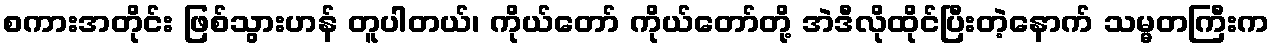
စကားအတိုင်း ဖြစ်သွားဟန် တူပါတယ်၊ ကိုယ်တော် ကိုယ်တော်တို့ အဲဒီလိုထိုင်ပြီးတဲ့နောက် သမ္မတကြီးက